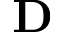
\mathbf { D }